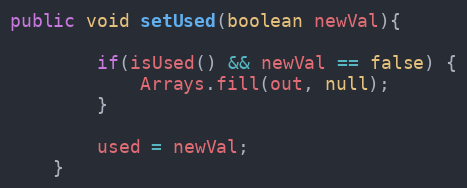
Language: Java
public void setUsed(boolean newVal){

		if(isUsed() && newVal == false) {
			Arrays.fill(out, null);
		}

		used = newVal;
	}